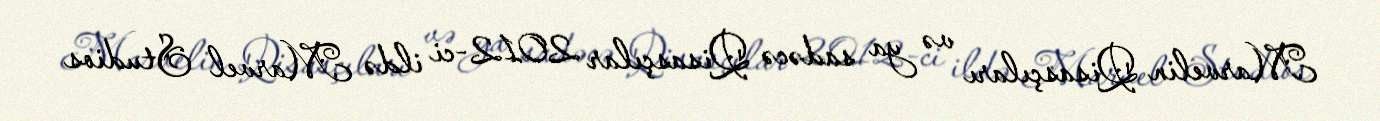
Marvelin Qisasçıları və ya sadəcə Qisasçılar 2012-ci ildə Marvel Studios